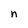
Character: n